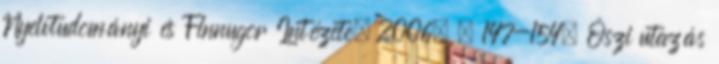
Nyelvtudományi és Finnugor Intézete, 2006. – 147-154. Őszi utazás